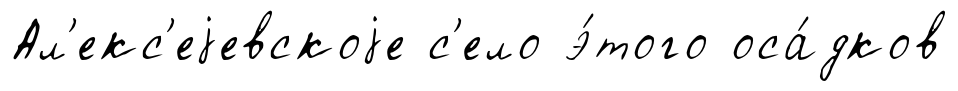
Ал'екс'еjевскоjе с'ело э́того оса́дков